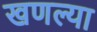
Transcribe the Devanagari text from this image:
खणल्या